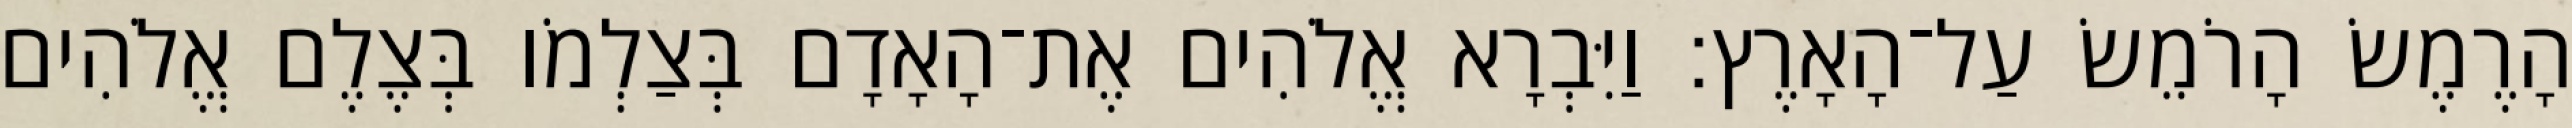
הָרֶמֶשׂ הָרֹמֵשׂ עַל־הָאָרֶץ׃ וַיִּבְרָא אֱלֹהִים אֶת־הָאָדָם בְּצַלְמֹו בְּצֶלֶם אֱלֹהִים